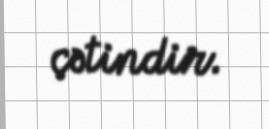
çətindir.